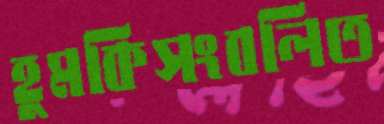
হুমকিসংবলিত